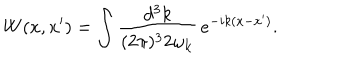
W ( x , x ^ { \prime } ) = \int \frac { d ^ { 3 } k } { ( 2 \pi ) ^ { 3 } 2 \omega _ { { \bf k } } } \, e ^ { - i k ( x - x ^ { \prime } ) } .